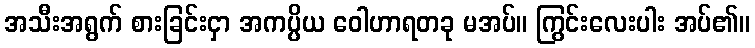
အသီးအရွက် စားခြင်းငှာ အကပ္ပိယ ဝေါဟာရတခု မအပ်။ ကြွင်းလေးပါး အပ်၏။